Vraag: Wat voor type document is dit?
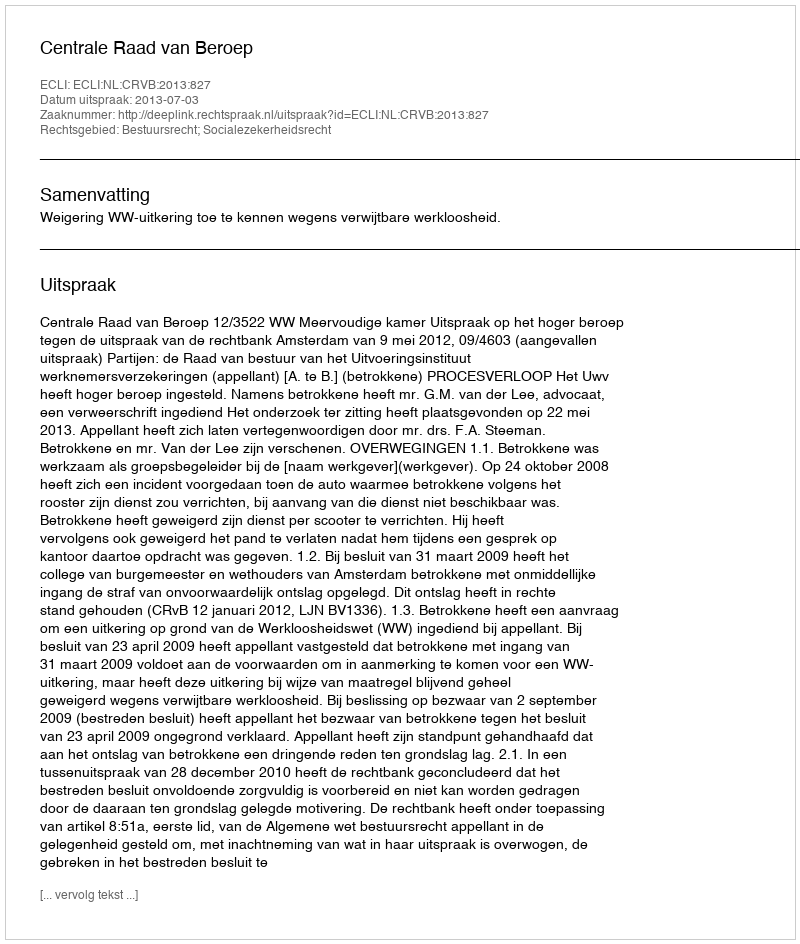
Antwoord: Uitspraak